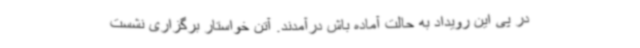
در پی این رویداد به حالت آماده باش درآمدند. آتن خواستار برگزاری نشست